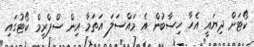
ކޯޓަށް ދިޔައީ އެހާ ހިސާބުން އެ މައްސަލަ އަތަމާ އިން ސްޕްރީމް ކޯޓުގައި